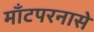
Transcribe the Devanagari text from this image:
माँटपरनासे